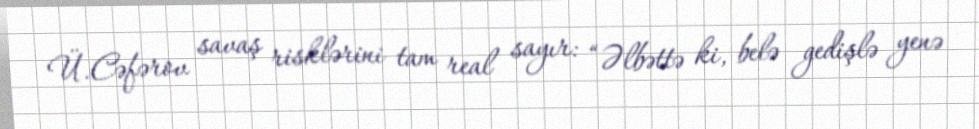
Ü.Cəfərov savaş risklərini tam real sayır: “Əlbəttə ki, belə gedişlə yenə